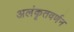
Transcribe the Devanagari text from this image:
अलंकृतवर्णन